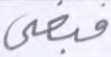
فبغى